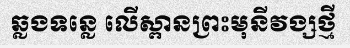
ឆ្លងទន្លេ លើស្ពានព្រះមុនីវង្សថ្មី